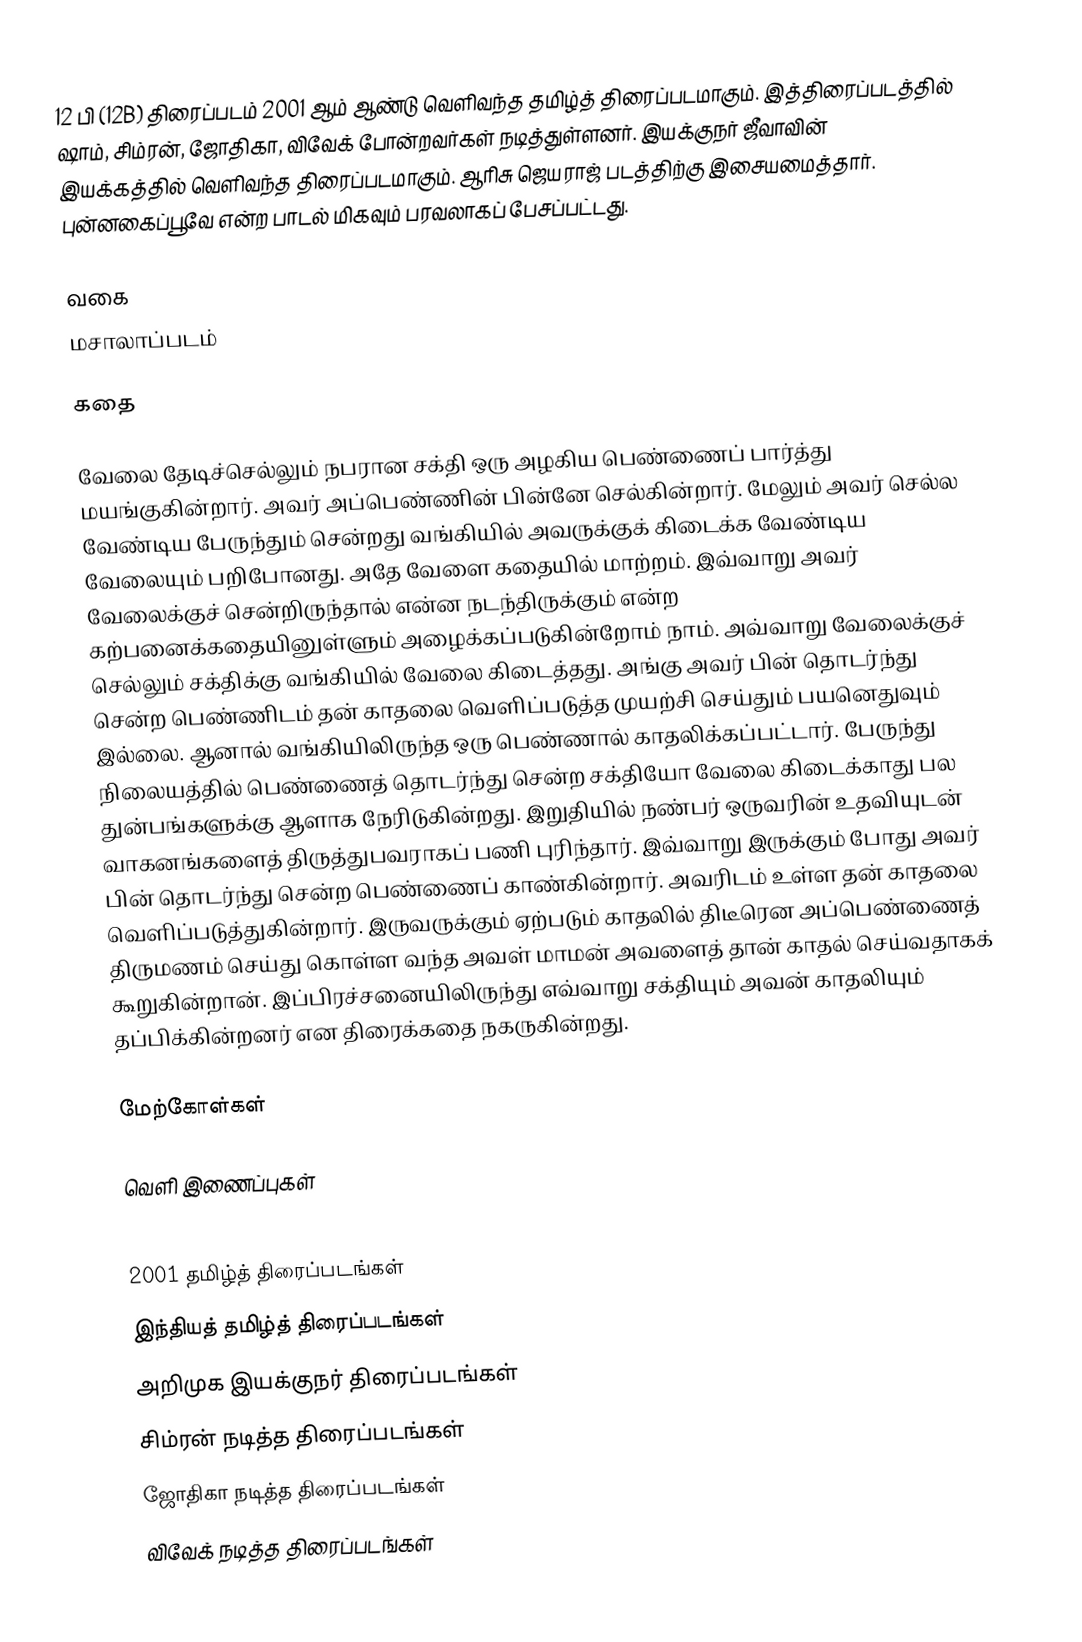
12 பி (12B) திரைப்படம் 2001 ஆம் ஆண்டு வெளிவந்த தமிழ்த் திரைப்படமாகும். இத்திரைப்படத்தில் ஷாம்,  சிம்ரன், ஜோதிகா, விவேக் போன்றவர்கள் நடித்துள்ளனர். இயக்குநர் ஜீவாவின் இயக்கத்தில் வெளிவந்த திரைப்படமாகும். ஆரிசு ஜெயராஜ் படத்திற்கு இசையமைத்தார். புன்னகைப்பூவே என்ற பாடல் மிகவும் பரவலாகப் பேசப்பட்டது.

வகை
மசாலாப்படம்

கதை

வேலை தேடிச்செல்லும் நபரான சக்தி ஒரு அழகிய பெண்ணைப் பார்த்து மயங்குகின்றார். அவர் அப்பெண்ணின் பின்னே செல்கின்றார். மேலும் அவர் செல்ல வேண்டிய பேருந்தும் சென்றது வங்கியில் அவருக்குக் கிடைக்க வேண்டிய வேலையும் பறிபோனது. அதே வேளை கதையில் மாற்றம். இவ்வாறு அவர் வேலைக்குச் சென்றிருந்தால் என்ன நடந்திருக்கும் என்ற கற்பனைக்கதையினுள்ளும் அழைக்கப்படுகின்றோம் நாம். அவ்வாறு வேலைக்குச் செல்லும் சக்திக்கு வங்கியில் வேலை கிடைத்தது. அங்கு அவர் பின் தொடர்ந்து சென்ற பெண்ணிடம் தன் காதலை வெளிப்படுத்த முயற்சி செய்தும் பயனெதுவும் இல்லை. ஆனால் வங்கியிலிருந்த ஒரு பெண்ணால் காதலிக்கப்பட்டார். பேருந்து நிலையத்தில் பெண்ணைத் தொடர்ந்து சென்ற சக்தியோ வேலை கிடைக்காது பல துன்பங்களுக்கு ஆளாக நேரிடுகின்றது. இறுதியில் நண்பர் ஒருவரின் உதவியுடன் வாகனங்களைத் திருத்துபவராகப் பணி புரிந்தார். இவ்வாறு இருக்கும் போது அவர் பின் தொடர்ந்து சென்ற பெண்ணைப் காண்கின்றார். அவரிடம் உள்ள தன் காதலை வெளிப்படுத்துகின்றார். இருவருக்கும் ஏற்படும் காதலில் திடீரென அப்பெண்ணைத் திருமணம் செய்து கொள்ள வந்த அவள் மாமன் அவளைத் தான் காதல் செய்வதாகக் கூறுகின்றான். இப்பிரச்சனையிலிருந்து எவ்வாறு சக்தியும் அவன் காதலியும் தப்பிக்கின்றனர் என திரைக்கதை நகருகின்றது.

மேற்கோள்கள்

வெளி இணைப்புகள்

2001 தமிழ்த் திரைப்படங்கள்
இந்தியத் தமிழ்த் திரைப்படங்கள்
அறிமுக இயக்குநர் திரைப்படங்கள்
சிம்ரன் நடித்த திரைப்படங்கள்
ஜோதிகா நடித்த திரைப்படங்கள்
விவேக் நடித்த திரைப்படங்கள்